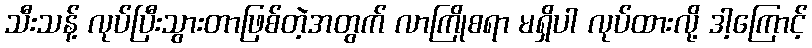
သီးသန့် လုပ်ပြီးသွားတာဖြစ်တဲ့အတွက် လာကြိုစရာ မရှိပါ လုပ်ထားလို့ ဒါ့ကြောင့်